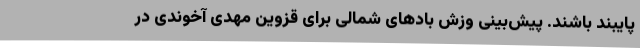
پایبند باشند. پیش‌بینی وزش بادهای شمالی برای قزوین مهدی آخوندی در